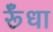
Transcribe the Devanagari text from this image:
र्रूँधा